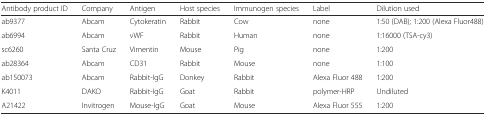
| Antibody product ID | Company | Antigen | Host species | Immunogen species | Label | Dilution used |
 | --- | --- | --- | --- | --- | --- | --- |
 | ab9377 | Abcam | Cytokeratin | Rabbit | Cow | none | 1:50 (DAB); 1:200 (Alexa Fluor488) |
 | ab6994 | Abcam | vWF | Rabbit | Human | none | 1:16000 (TSA-cy3) |
 | sc6260 | Santa Cruz | Vimentin | Mouse | Pig | none | 1:200 |
 | ab28364 | Abcam | CD31 | Rabbit | Mouse | none | 1:100 |
 | ab150073 | Abcam | Rabbit-IgG | Donkey | Rabbit | Alexa Fluor 488 | 1:200 |
 | K4011 | DAKO | Rabbit-IgG | Goat | Rabbit | polymer-HRP | Undiluted |
 | A21422 | Invitrogen | Mouse-IgG | Goat | Mouse | Alexa Fluor 555 | 1:200 |